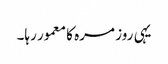
یہی روز مرہ کا معمور رہا۔